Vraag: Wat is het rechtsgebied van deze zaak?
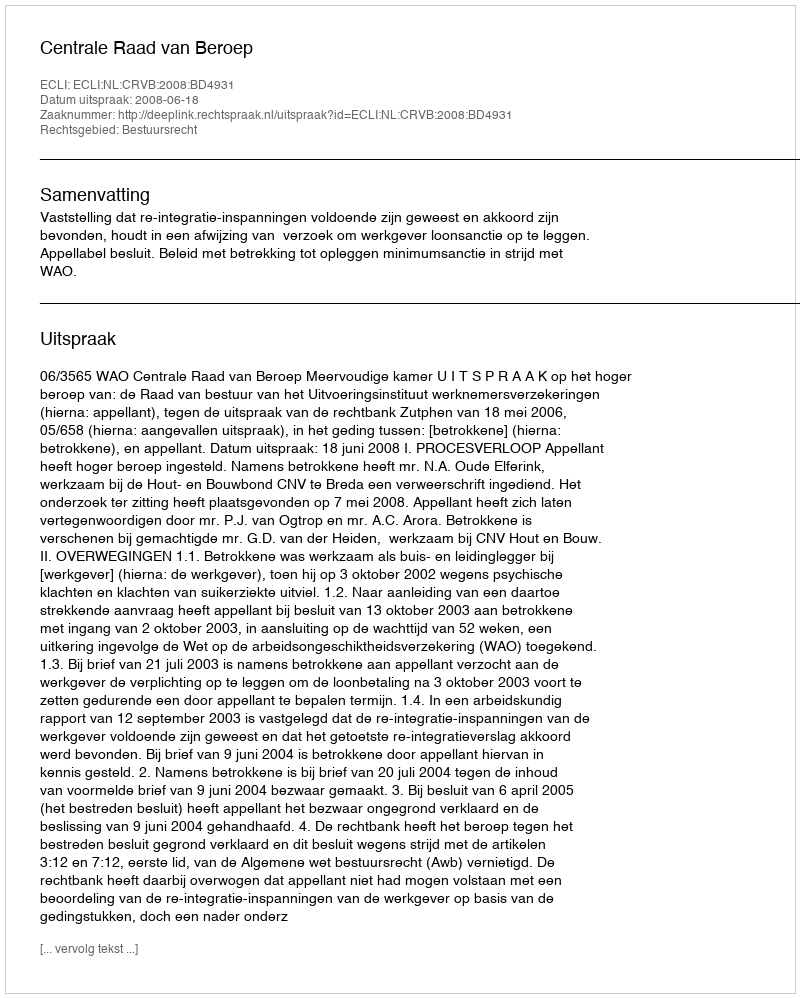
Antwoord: Bestuursrecht